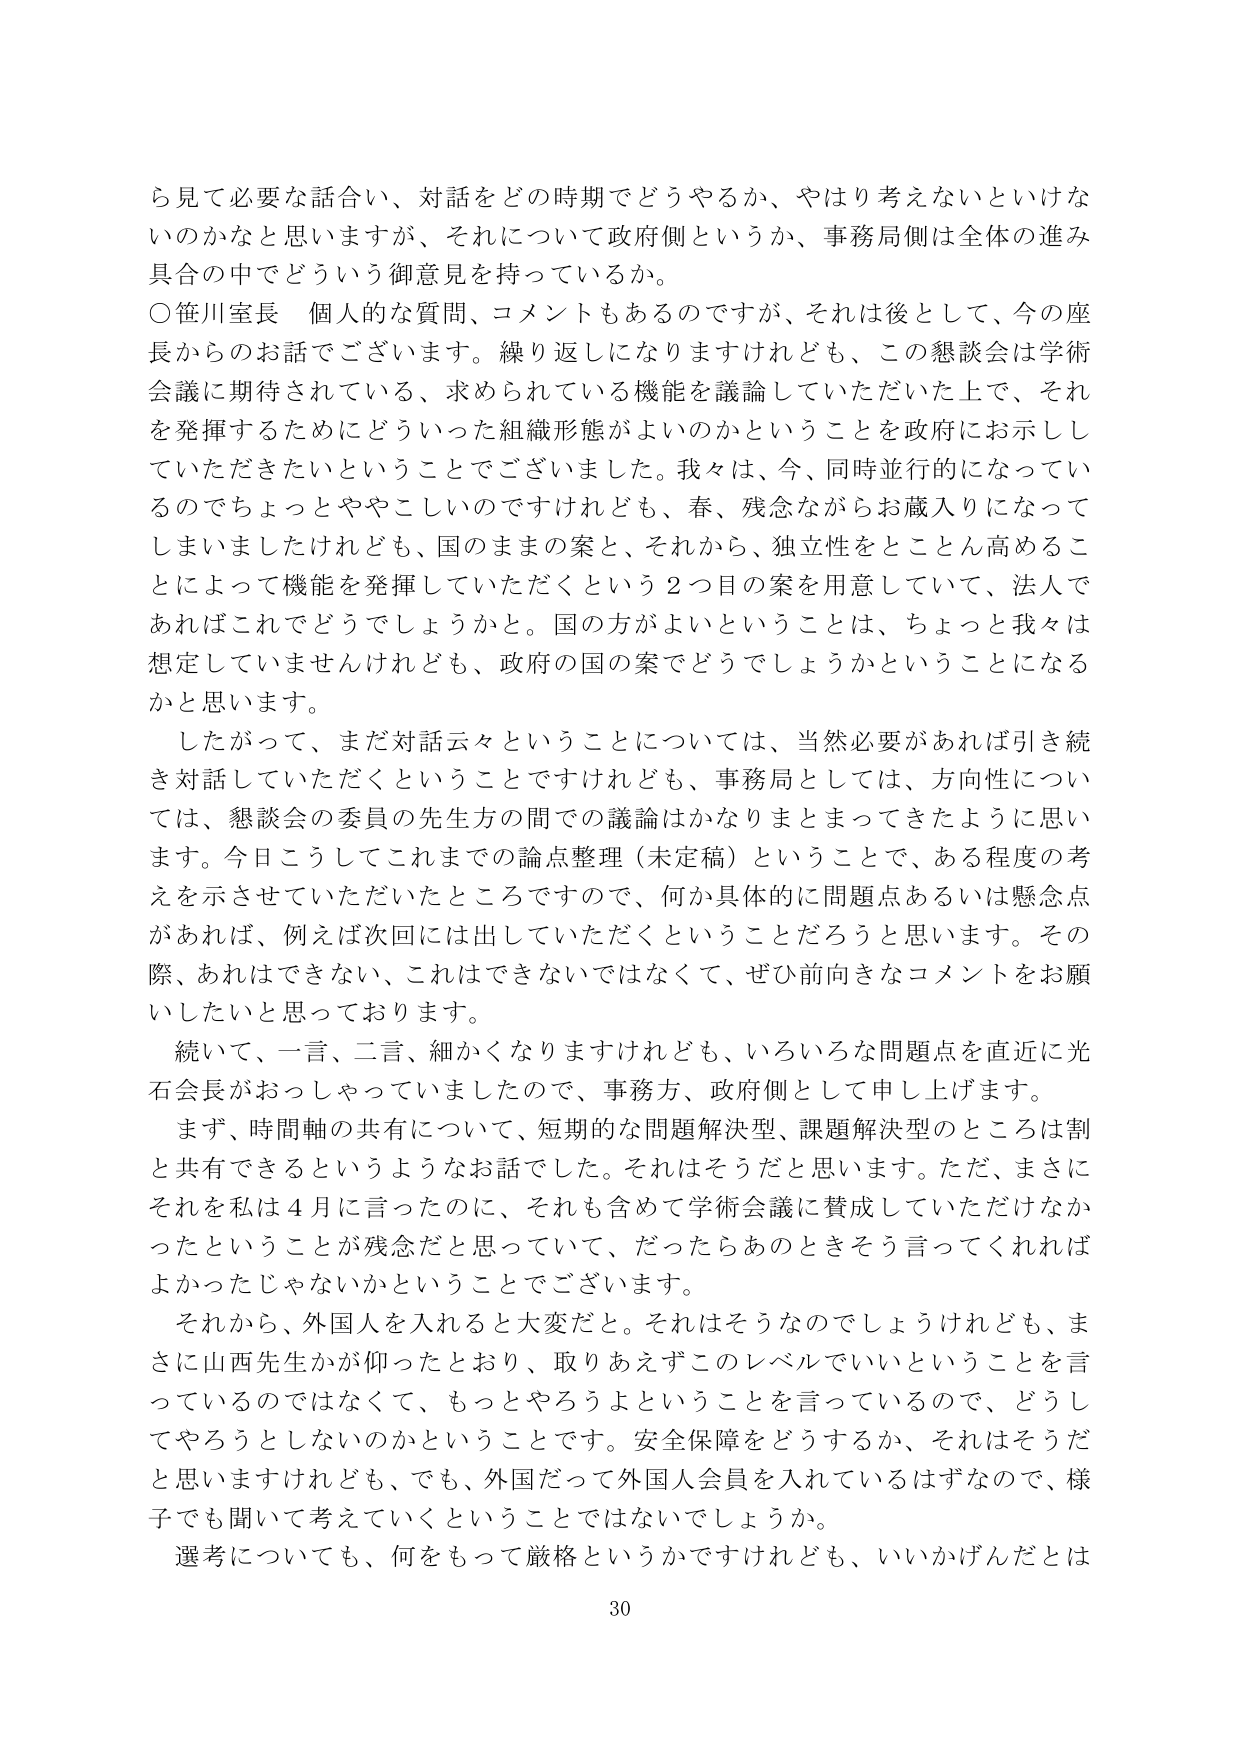
ら見て必要な話合い、対話をどの時期でどうやるか、やはり考えないといけないのかなと思いますが、それについて政府側というか、事務局側は全体の進み具合の中でどういう御意見を持っているか。

○笹川室長 個人的な質問、コメントもあるのですが、それは後として、今の座長からのお話でございます。繰り返しになりますけれども、この懇談会は学術会議に期待されている、求められている機能を議論していただいた上で、それを発揮するためにどういった組織形態がよいのかということを政府にお示ししていただきたいということでございました。我々は、今、同時並行的になっているのでちょっとややこしいのですけれども、春、残念ながらお蔵入りになってしまいましたけれども、国のままの案と、それから、独立性をとことん高めることによって機能を発揮していただくという2つ目の案を用意していて、法人であればこれでどうでしょうかと。国の方がよいということは、ちょっと我々は想定していませんけれども、政府の国の案でどうでしょうかということになるかと思います。

したがって、まだ対話云々ということについては、当然必要があれば引き続き対話していただくということですけれども、事務局としては、方向性については、懇談会の委員の先生方の間での議論はかなりまとまってきたように思います。今日こうしてこれまでの論点整理（未定稿）ということで、ある程度の考えを示させていただいたところですので、何か具体的に問題点あるいは懸念点があれば、例えば次回には出していただくということだろうと思います。その際、あれはできない、これはできないではなくて、ぜひ前向きなコメントをお願いしたいと思っております。

続いて、一言、二言、細かくなりますけれども、いろいろな問題点を直近に光石会長がおっしゃっていましたので、事務方、政府側として申し上げます。

まず、時間軸の共有について、短期的な問題解決型、課題解決型のところは割と共有できるというようなお話でした。それはそうだと思います。ただ、まさにそれを私は4月に言ったのに、それも含めて学術会議に賛成していただけなかったということが残念だと思っていて、だったらあのときそう言ってくれればよかったじゃないかということでございます。

それから、外国人を入れると大変だと。それはそうなのでしょうけれども、まさに山西先生かが仰ったとおり、取りあえずこのレベルでいいということを言っているのではなくて、もっとやろうよということを言っているので、どうしてやろうとしないのかということです。安全保障をどうするか、それはそうだと思いますけれども、でも、外国だって外国人会員を入れているはずなので、様子でも聞いて考えていくということではないでしょうか。

選考についても、何をもって厳格というかですけれども、いいかげんだとは

30